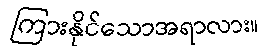
ကြားနိုင်သောအရာလား။